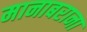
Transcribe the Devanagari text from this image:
मानाबराना